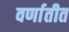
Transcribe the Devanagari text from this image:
वर्णातीत